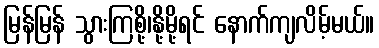
မြန်မြန် သွားကြစို့၊နို့မို့ရင် နောက်ကျလိမ့်မယ်။